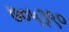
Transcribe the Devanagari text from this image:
७०५३९०